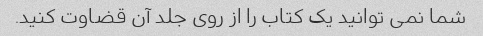
شما نمی توانید یک کتاب را از روی جلد آن قضاوت کنید.